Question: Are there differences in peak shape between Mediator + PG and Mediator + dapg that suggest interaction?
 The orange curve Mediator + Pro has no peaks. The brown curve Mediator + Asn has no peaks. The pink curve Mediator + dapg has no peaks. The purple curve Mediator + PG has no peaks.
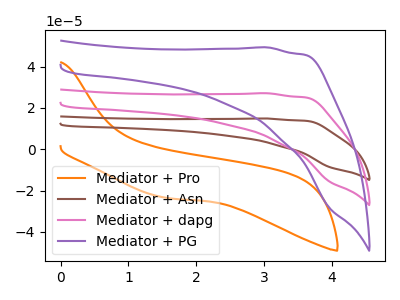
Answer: <think>Neither "Mediator + PG" or "Mediator + dapg" have any peaks.
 </think>
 <answer>No, "Mediator + PG" and "Mediator + dapg" don't appear to be significantly different in shape</answer>
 <eval>no_change</eval>